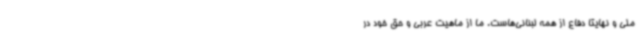
ملی و نهایتا دفاع از همه لبنانی‌هاست. ما از ماهیت عربی و حق خود در